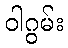
ဝါဂွမ်း